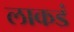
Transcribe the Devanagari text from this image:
लाकडं